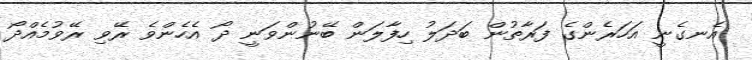
އެނގެނީ އަހަރެންގެ ފަރާތުން ބަދަލު ހިފާލަން ބޭނުންވަނީ ދޯ އެހެންވެ ރޭވި ރޭވުމެއްދޯ